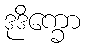
ဒုဒိက္ခော